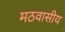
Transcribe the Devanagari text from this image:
मठवासीय